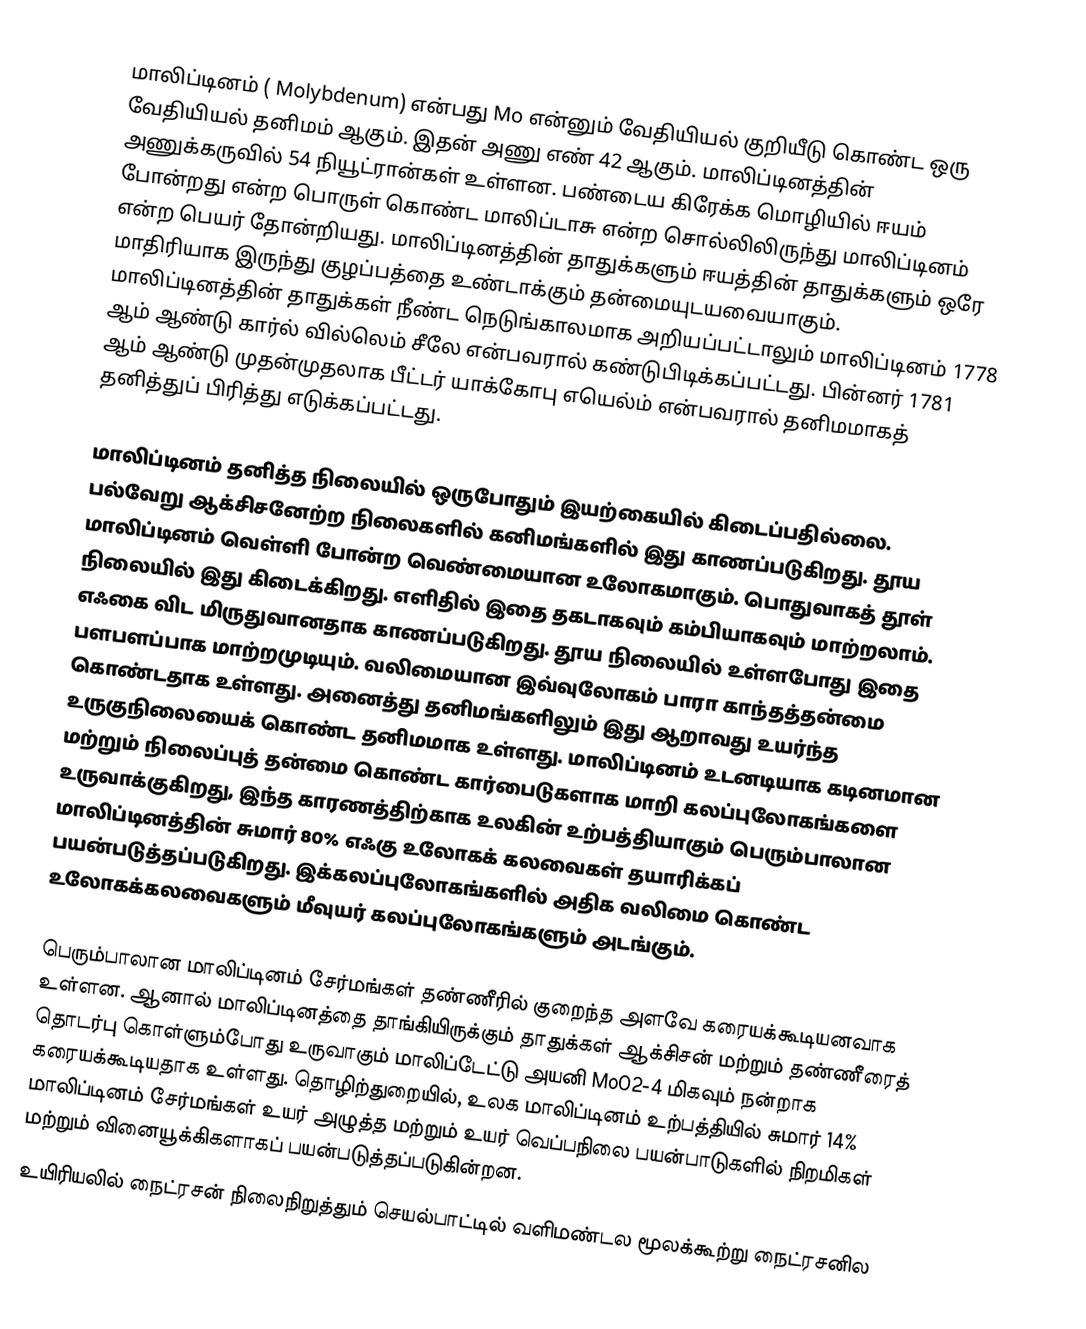
மாலிப்டினம் ( Molybdenum) என்பது Mo என்னும் வேதியியல் குறியீடு கொண்ட ஒரு வேதியியல் தனிமம் ஆகும். இதன் அணு எண் 42 ஆகும். மாலிப்டினத்தின் அணுக்கருவில் 54 நியூட்ரான்கள் உள்ளன. பண்டைய கிரேக்க மொழியில் ஈயம் போன்றது என்ற பொருள் கொண்ட மாலிப்டாசு என்ற சொல்லிலிருந்து மாலிப்டினம் என்ற பெயர் தோன்றியது. மாலிப்டினத்தின் தாதுக்களும் ஈயத்தின் தாதுக்களும் ஒரே மாதிரியாக இருந்து குழப்பத்தை உண்டாக்கும் தன்மையுடயவையாகும். மாலிப்டினத்தின் தாதுக்கள் நீண்ட நெடுங்காலமாக அறியப்பட்டாலும் மாலிப்டினம் 1778 ஆம் ஆண்டு கார்ல் வில்லெம் சீலே  என்பவரால் கண்டுபிடிக்கப்பட்டது. பின்னர் 1781 ஆம் ஆண்டு முதன்முதலாக பீட்டர் யாக்கோபு எயெல்ம்  என்பவரால் தனிமமாகத் தனித்துப் பிரித்து எடுக்கப்பட்டது.

மாலிப்டினம் தனித்த நிலையில் ஒருபோதும் இயற்கையில் கிடைப்பதில்லை. பல்வேறு ஆக்சிசனேற்ற நிலைகளில் கனிமங்களில் இது காணப்படுகிறது. தூய மாலிப்டினம் வெள்ளி போன்ற வெண்மையான உலோகமாகும். பொதுவாகத் தூள் நிலையில் இது கிடைக்கிறது. எளிதில் இதை தகடாகவும் கம்பியாகவும் மாற்றலாம். எஃகை விட மிருதுவானதாக காணப்படுகிறது. தூய நிலையில் உள்ளபோது இதை பளபளப்பாக மாற்றமுடியும். வலிமையான இவ்வுலோகம் பாரா காந்தத்தன்மை கொண்டதாக உள்ளது. அனைத்து தனிமங்களிலும் இது ஆறாவது உயர்ந்த உருகுநிலையைக் கொண்ட தனிமமாக உள்ளது. மாலிப்டினம் உடனடியாக கடினமான மற்றும் நிலைப்புத் தன்மை கொண்ட கார்பைடுகளாக மாறி கலப்புலோகங்களை  உருவாக்குகிறது, இந்த காரணத்திற்காக உலகின் உற்பத்தியாகும் பெரும்பாலான மாலிப்டினத்தின் சுமார் 80%  எஃகு உலோகக் கலவைகள் தயாரிக்கப் பயன்படுத்தப்படுகிறது. இக்கலப்புலோகங்களில்  அதிக வலிமை கொண்ட உலோகக்கலவைகளும்  மீவுயர் கலப்புலோகங்களும் அடங்கும்.

பெரும்பாலான மாலிப்டினம் சேர்மங்கள்  தண்ணீரில் குறைந்த அளவே கரையக்கூடியனவாக உள்ளன.  ஆனால் மாலிப்டினத்தை தாங்கியிருக்கும் தாதுக்கள் ஆக்சிசன் மற்றும் தண்ணீரைத் தொடர்பு கொள்ளும்போது உருவாகும் மாலிப்டேட்டு அயனி  MoO2-4 மிகவும் நன்றாக கரையக்கூடியதாக உள்ளது. தொழிற்துறையில், உலக மாலிப்டினம் உற்பத்தியில் சுமார் 14% மாலிப்டினம் சேர்மங்கள் உயர் அழுத்த மற்றும் உயர் வெப்பநிலை பயன்பாடுகளில் நிறமிகள் மற்றும் வினையூக்கிகளாகப் பயன்படுத்தப்படுகின்றன.
உயிரியலில் நைட்ரசன் நிலைநிறுத்தும்  செயல்பாட்டில் வளிமண்டல மூலக்கூற்று நைட்ரசனில